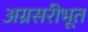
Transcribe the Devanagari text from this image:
अग्रसरीभूत